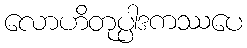
လောဟိတုပ္ပါဒကဿပေ